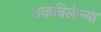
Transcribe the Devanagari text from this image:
डकविलेल्या